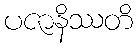
ပဇာနိဿတိ